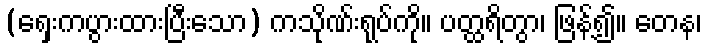
(ရှေးကပွားထားပြီးသော) ကသိုဏ်းရုပ်ကို။ ပတ္ထရိတွာ၊ ဖြန့်၍။ တေန၊